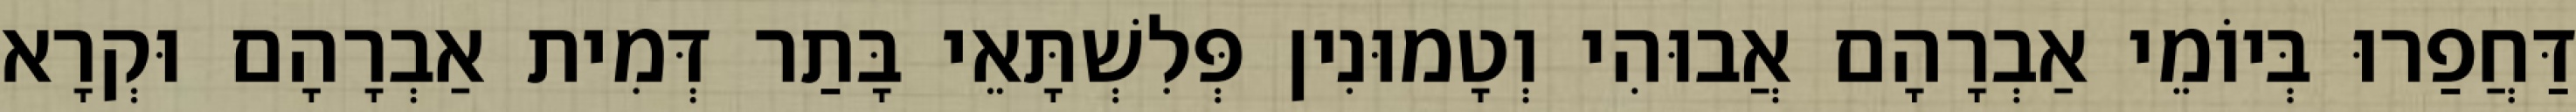
דַּחֲפַרוּ בְּיוֹמֵי אַבְרָהָם אֲבוּהִי וְטָמוּנִין פְּלִשְׁתָּאֵי בָּתַר דְּמִית אַבְרָהָם וּקְרָא